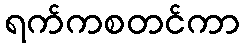
ရက်ကစတင်ကာ